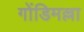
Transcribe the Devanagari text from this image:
गोंडिमल्ला